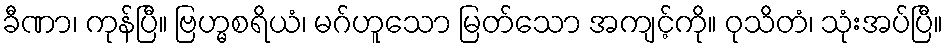
ခီဏာ၊ ကုန်ပြီ။ ဗြဟ္မစရိယံ၊ မဂ်ဟူသော မြတ်သော အကျင့်ကို။ ဝုသိတံ၊ သုံးအပ်ပြီ။